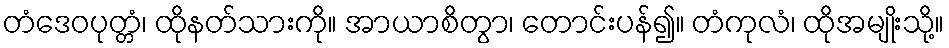
တံဒေဝပုတ္တံ၊ ထိုနတ်သားကို။ အာယာစိတွာ၊ တောင်းပန်၍။ တံကုလံ၊ ထိုအမျိုးသို့။